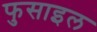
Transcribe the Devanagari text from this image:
फुसाइल